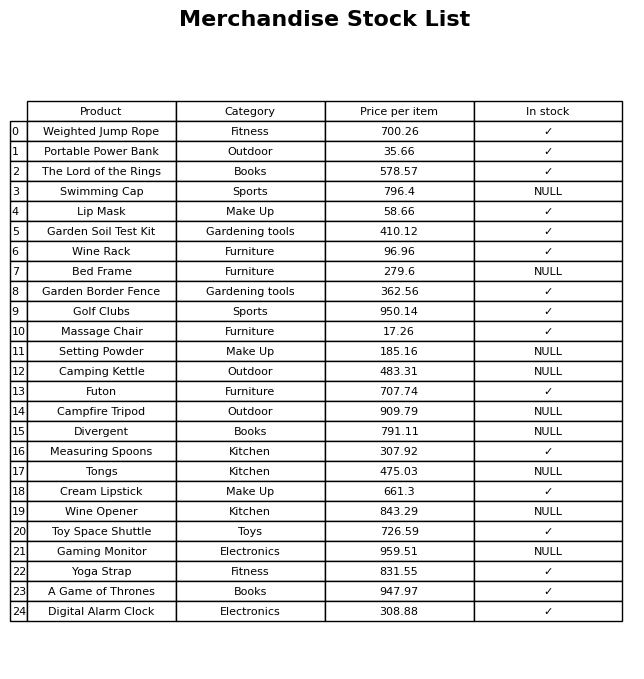
question: What is the price of the Massage Chair?
answer: The price of Massage Chair is 17.26.